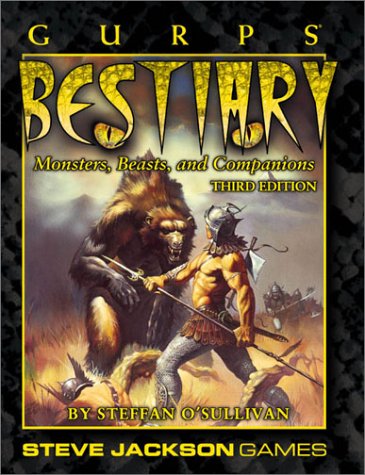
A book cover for GURPS Bestiary 3ed (GURPS: Generic Universal Role Playing System); Steffan O'Sullivan; Science Fiction & Fantasy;